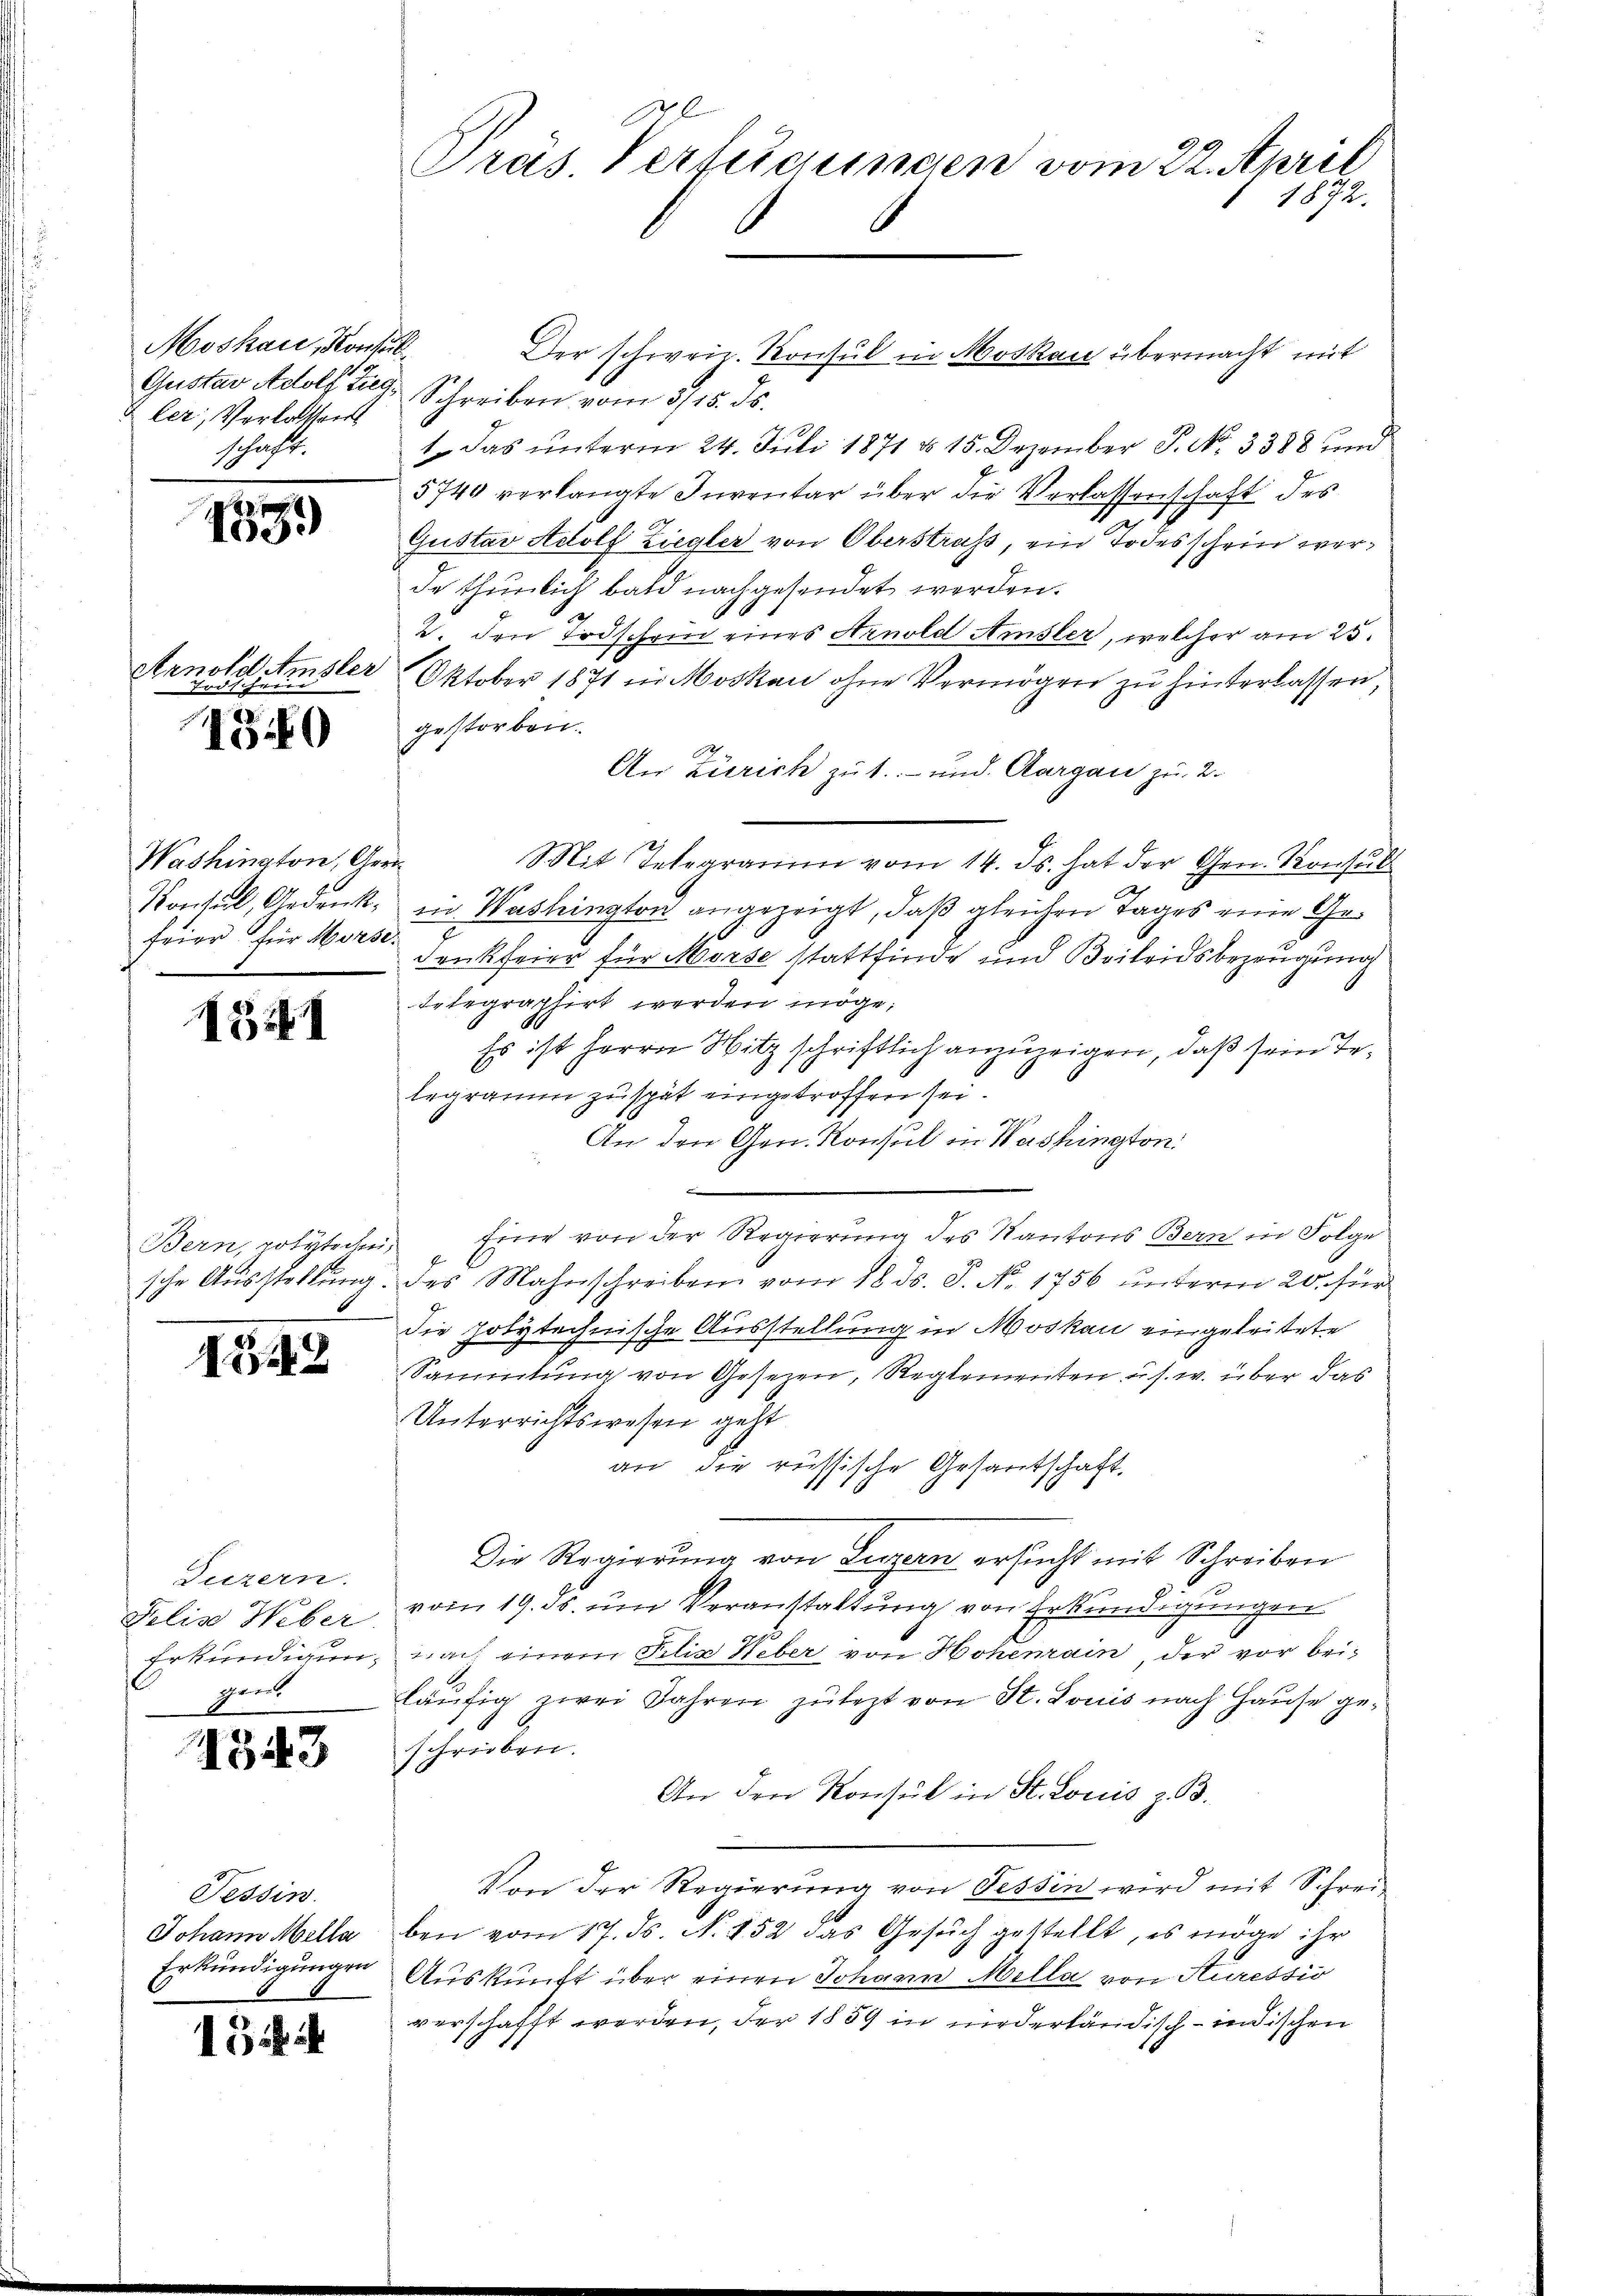
Moskau, Konsul
Gustav Adolf Zieg
ler, Verlassen
Schaft.
1

1599

Arnold Amsler
Fredesihrerer |

150

Washington, Geri
Konseil, Gedankfeier für Morse

13

Bern, rotute drei,
sche Ausstellung

152

Luzern.
Felis Weber
Erkundigung
phern.

1343

Tessin.
Johann Mella
Erkundigungen

15

Gras Verleichungen vom 22. April
1872.

Der schweiz. Konsul in Moskau übermacht mit
Schreiben vom 3/15. ds.
1. das unterm 24. Juli 1871 § 15. Dezember P. N. 3388 und
5740 verlangte Inventar über die Verlassenschaft des
Gustav Adolf Ziegler von Oberstraß, ein Todesschein werde thunlich bald nachgesendet werden.
2. den Todschon eines Arnold Amsler, welcher am 25.
Oktober 1871 in Moskau ohne Vermögen zu hinterlassen,
gestorben.
An Zürich zu 1.- und Aargau zu 2.
Mit Telegramm vom 14. ds. hat der Gen. Konsul
Ich
in Washington angezeigt, daß gleichen Tages eine Gedenkfeier für Morse stattfinde und Beileidsbezeugung
Integraphirt werden möge.
Es ist Herrn Witz schriftlich anzuzeigen, daß sein Telegramm zu spät eingetroffen sei.
An den Gen. Konsul in Washington:

Eine von der Regierung des Kantons Bern in Folge
des Mahnschreiben vom 18. ds. S. No. 1756 unterm 20. für
die polytechnische Ausstellung in Moskau eingeleitete
Sammlung von Gesezen, Reglementen u. s. w. über das
Unterrichtswesen geht
an die russische Gesantschaft.
Die Regierŭng von Luzern ersucht mit Schreiben
vom 19. ds. um Veranstaltung von Erkundigungen
nach einem Felix Heber von Hohemain der vor bei-
läufig zwei Jahren zulezt von St. Louis nach Hause geschrieben.
An den Konsul in St. Louis z. B.
Von der Regierung von Tessin wird mit Schrei-
ben vom 17. ds N. 152 das Gesuch gestellt, es möge ihr
Auskunft über einen Johann Mella von Sturessio
verschafft werden, der 1859 in niederländisch-indischen